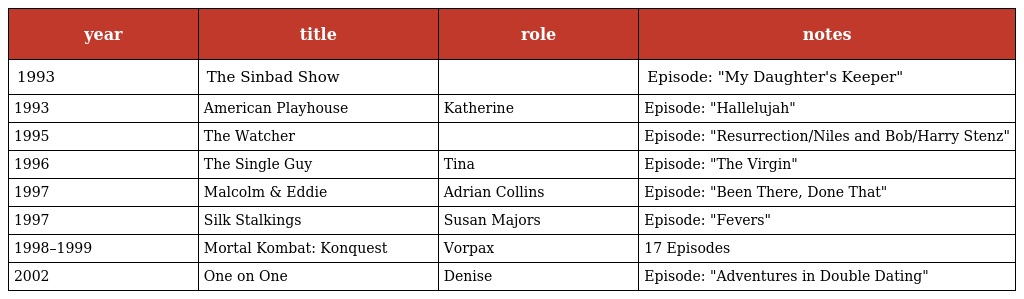
| year | title | role | notes |
 | --- | --- | --- | --- |
 | 1993 | The Sinbad Show |  | Episode: "My Daughter's Keeper" |
 | 1993 | American Playhouse | Katherine | Episode: "Hallelujah" |
 | 1995 | The Watcher |  | Episode: "Resurrection/Niles and Bob/Harry Stenz" |
 | 1996 | The Single Guy | Tina | Episode: "The Virgin" |
 | 1997 | Malcolm & Eddie | Adrian Collins | Episode: "Been There, Done That" |
 | 1997 | Silk Stalkings | Susan Majors | Episode: "Fevers" |
 | 1998–1999 | Mortal Kombat: Konquest | Vorpax | 17 Episodes |
 | 2002 | One on One | Denise | Episode: "Adventures in Double Dating" |